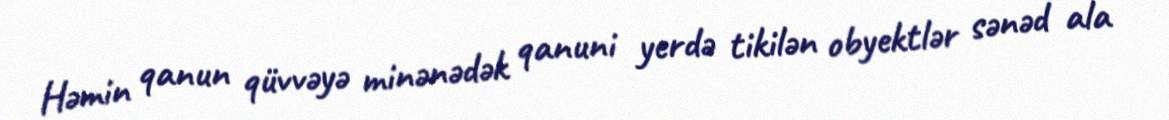
Həmin qanun qüvvəyə minənədək qanuni yerdə tikilən obyektlər sənəd ala